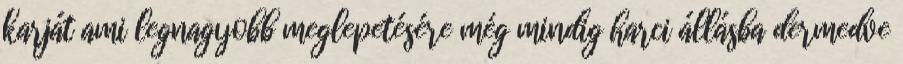
karját ami legnagyobb meglepetésére még mindig harci állásba dermedve